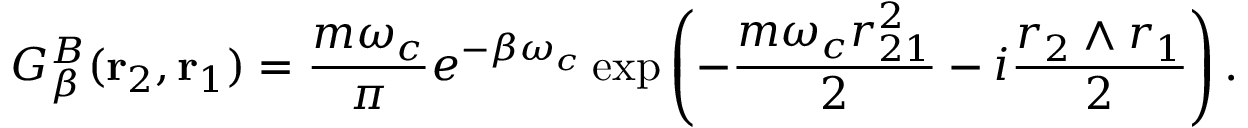
G _ { \beta } ^ { B } ( \mathrm { \bf r } _ { 2 } , \mathrm { \bf r } _ { 1 } ) = { \frac { m \omega _ { c } } { \pi } } e ^ { - \beta \omega _ { c } } \exp \left( - { \frac { m \omega _ { c } r _ { 2 1 } ^ { 2 } } { 2 } } - i { \frac { r _ { 2 } \wedge r _ { 1 } } { 2 } } \right) .